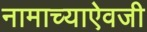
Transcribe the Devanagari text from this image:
नामाच्याऐवजी